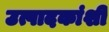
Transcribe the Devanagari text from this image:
उत्पादकांशी